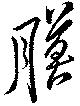
膜